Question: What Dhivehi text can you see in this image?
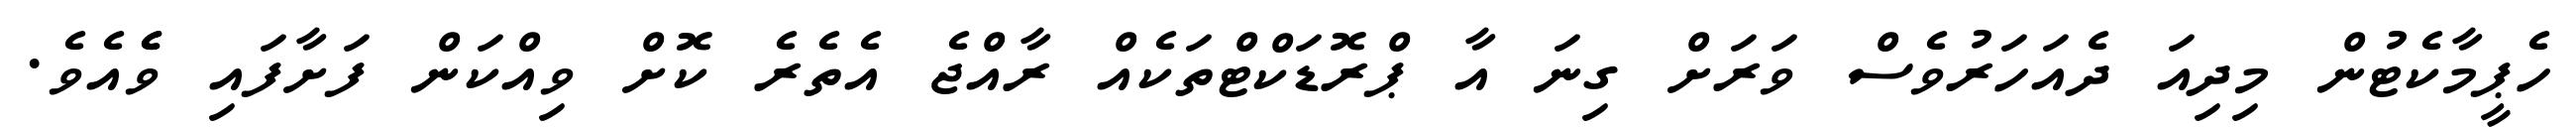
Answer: ހެޕީމާކެޓުން މިދިއަ ދެއަހަރުވެސް ވަރަށް ގިނަ އާ ޕްރޮޑަކްޓްތަކެއް ރާއްޖެ އެތެރެ ކޮށް ވިއްކަން ފަށާފައި ވެެއެވެ.